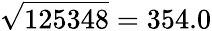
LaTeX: {\sqrt{125348}}=354.0